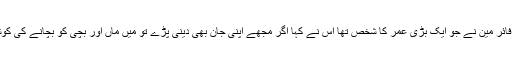
اس وقت ایک فائر مین نے جو ایک بڑی عمر کا شخص تھا اس نے کہا اگر مجھے اپنی جان بھی دینی پڑے تو میں ماں اور بچی کو بچانے کی کوشش کروں گا۔